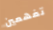
تفهمين